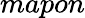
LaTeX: mapon